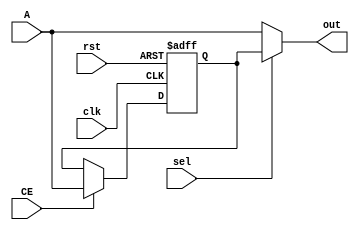

// MUX2x1

module MUX2x1(A,sel,rst,CE,clk,out);
parameter N = 18;
parameter RSTTYPE = "ASYNC";
input wire[N-1:0] A;
input rst,CE,clk,sel;
reg[N-1:0] A_reg;
output wire[N-1:0] out;
generate
	if(RSTTYPE=="ASYNC") begin
		always @(posedge clk or posedge rst) begin
			if (rst) A_reg<=0;
			else if (CE) A_reg<=A;
			
		end
	end
	if(RSTTYPE=="SYNC") begin

    always @(posedge clk) begin
    	if (rst) A_reg<=0;
    	else if (CE) A_reg<=A;
    end

	end
	
endgenerate

assign out = sel?A_reg:A;

endmodule